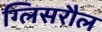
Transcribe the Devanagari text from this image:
ग्लिसरौल